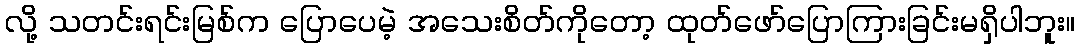
လို့ သတင်းရင်းမြစ်က ပြောပေမဲ့ အသေးစိတ်ကိုတော့ ထုတ်ဖော်ပြောကြားခြင်းမရှိပါဘူး။